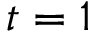
t = 1